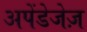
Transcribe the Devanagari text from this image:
अपेंडेजेज़